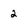
Character: 2